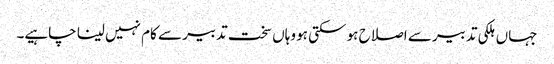
جہاں ہلکی تدبیر سے اصلاح ہو سکتی ہو وہاں سخت تدبیر سے کام نہیں لینا چاہیے۔